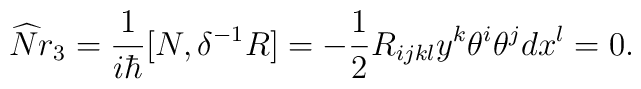
\widehat{N}r_3=\frac 1{i\hbar }[N,\delta ^{-1}R]=-\frac 12R_{ijkl}y^k\theta^i\theta ^jdx^l=0.